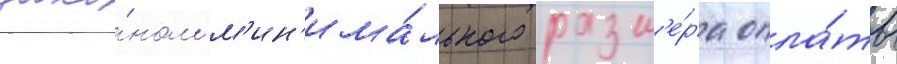
зако́ном м'ин'има́льного разм'е́ра опла́ты